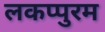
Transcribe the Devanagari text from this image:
लकप्पुरम